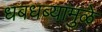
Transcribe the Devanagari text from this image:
धबधब्यामुळे